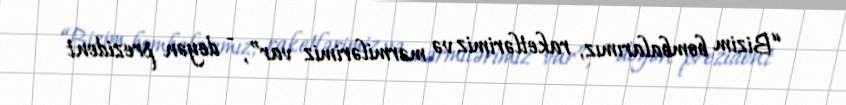
“Bizim bombalarımız, raketlərimiz və mərmilərimiz var”, - deyən prezident